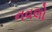
નવલો